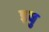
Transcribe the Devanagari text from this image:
इबु